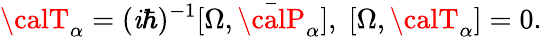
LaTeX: {\calT}_{\alpha}=(\mathit{i}\hbar)^{-1}[\Omega,\bar{{{\calP}}}_{\alpha}],\; [\Omega,{\calT}_{\alpha}]=0.